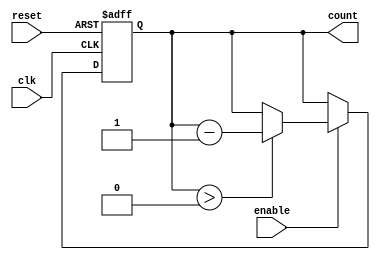
module decremental_counter #(
    parameter N = 8  // Define the initial value (can be changed as needed)
)(
    input wire clk,       // Clock signal
    input wire reset,     // Asynchronous reset signal
    input wire enable,    // Enable signal for counting operation
    output reg [N-1:0] count // Current count value
);

// Internal register to hold the current count value
reg [N-1:0] current_count;

// Asynchronous reset logic
always @(posedge clk or posedge reset) begin
    if (reset) begin
        // Reset to initial value
        current_count <= N;
    end else if (enable) begin
        // Decrement the count if enable is high and count is greater than zero
        if (current_count > 0) begin
            current_count <= current_count - 1;
        end
    end
end

// Assign the current count to the output
always @(*) begin
    count = current_count;
end

endmodule